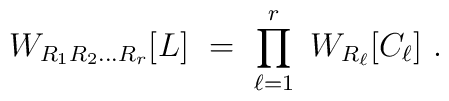
W_{R_1R_2\ldots R_r} [L] \ = \ \prod_{\ell=1}^r \ W_{R_\ell}[C_\ell] ~.